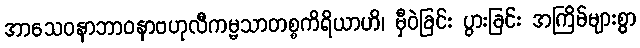
အာသေဝနာဘာဝနာဗဟုလီကမ္မသာတစ္စကိရိယာဟိ၊ မှီဝဲခြင်း ပွားခြင်း အကြိမ်များစွာ